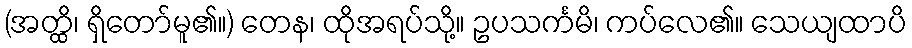
(အတ္ထိ၊ ရှိတော်မူ၏။) တေန၊ ထိုအရပ်သို့။ ဥပသင်္ကမိ၊ ကပ်လေ၏။ သေယျထာပိ